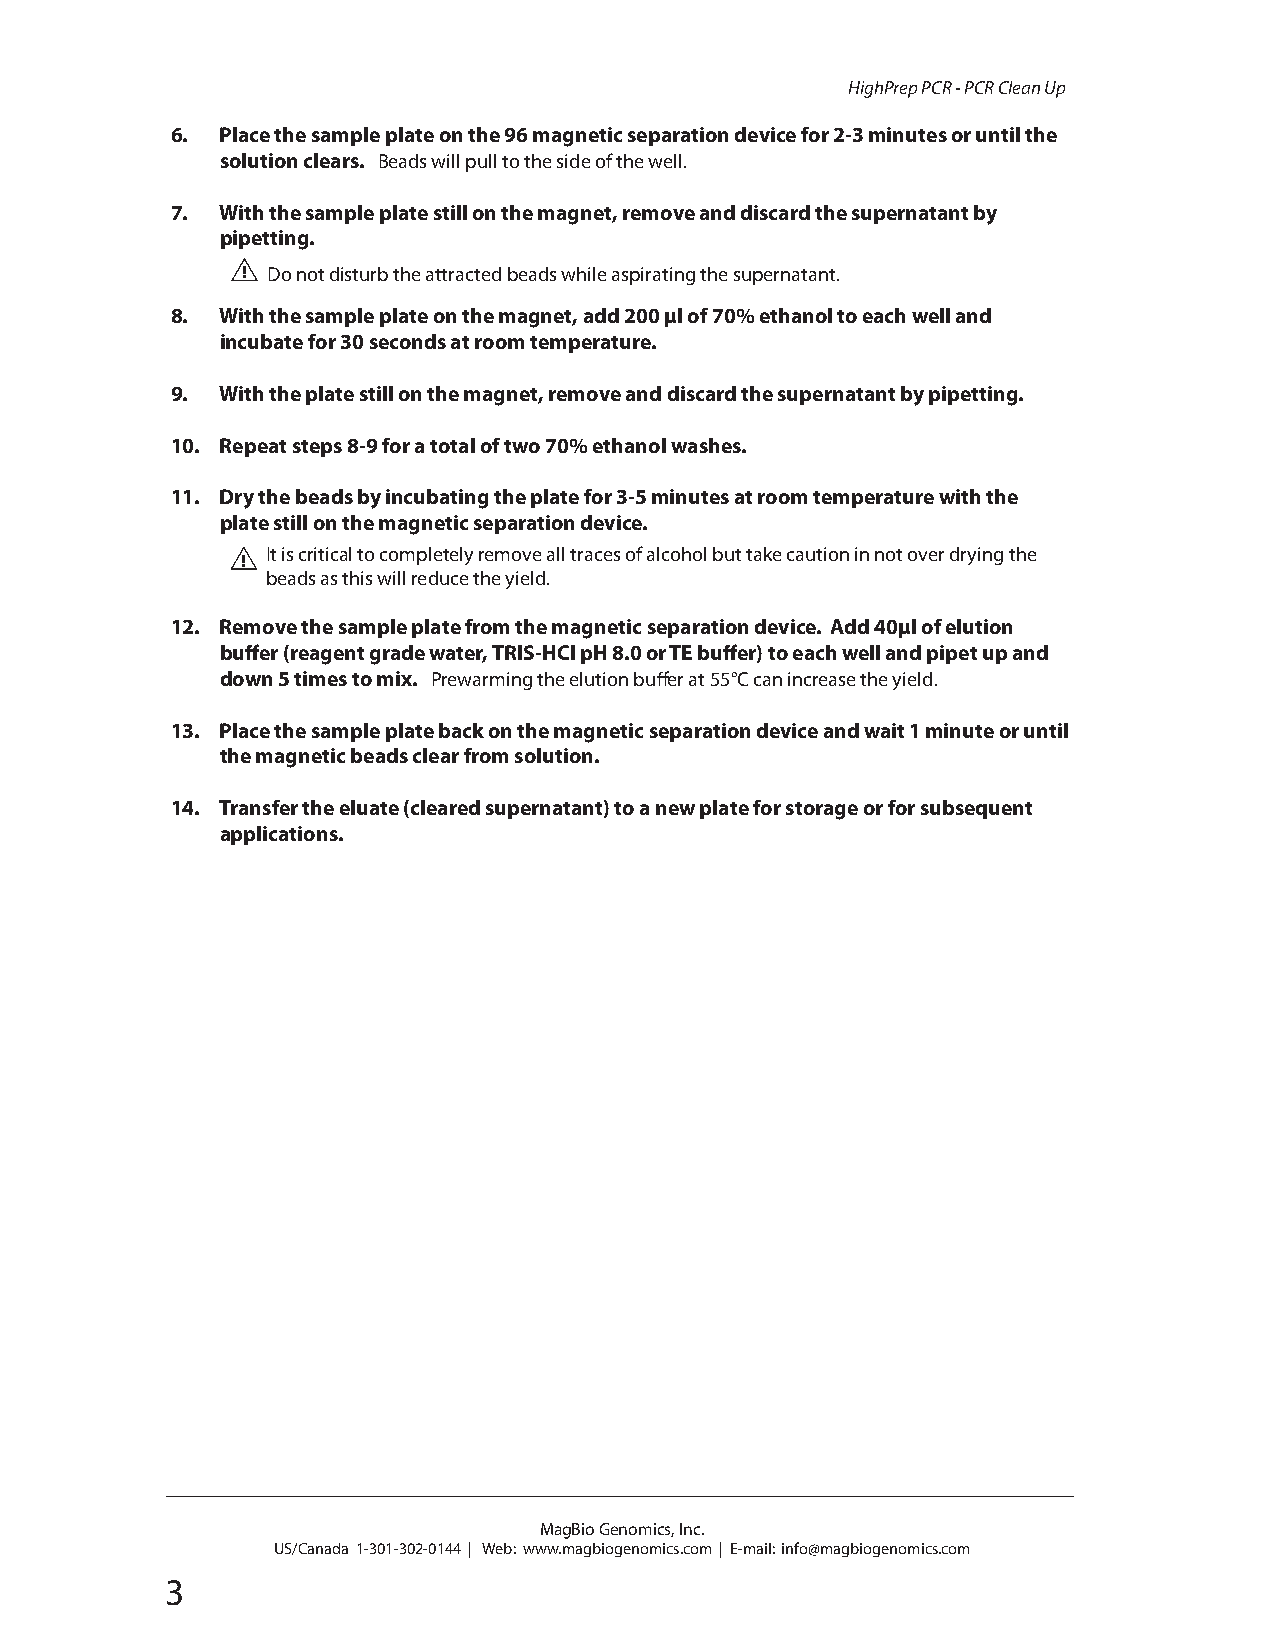
HighPrep PCR - PCR Clean Up
 6.  Place the sample plate on the 96 magnetic separation device for 2-3 minutes or until the
 solution clears. Beads will pull to the side of the well.
 7.  With the sample plate still on the magnet, remove and discard the supernatant by
 pipetting.
 ! Do not disturb the attracted beads while aspirating the supernatant.
 8.  With the sample plate on the magnet, add 200 μl of 70% ethanol to each well and
 incubate for 30 seconds at room temperature.
 9.  With the plate still on the magnet, remove and discard the supernatant by pipetting.
 10. Repeat steps 8-9 for a total of two 70% ethanol washes.
 11. Dry the beads by incubating the plate for 3-5 minutes at room temperature with the
 plate still on the magnetic separation device.
 It is critical to completely remove all traces of alcohol but take caution in not over drying the
 !
 beads as this will reduce the yield.
 12. Remove the sample plate from the magnetic separation device. Add 40μl of elution
 buff er (reagent grade water, TRIS-HCl pH 8.0 or TE buff er) to each well and pipet up and
 down 5 times to mix. Prewarming the elution buff er at 55°C can increase the yield.
 13. Place the sample plate back on the magnetic separation device and wait 1 minute or until
 the magnetic beads clear from solution.
 14. Transfer the eluate (cleared supernatant) to a new plate for storage or for subsequent
 applications.
 MagBio Genomics, Inc.
 US/Canada 1-301-302-0144 | Web: www.magbiogenomics.com | E-mail: info@magbiogenomics.com
 3